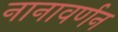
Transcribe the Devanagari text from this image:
नानावर्णन